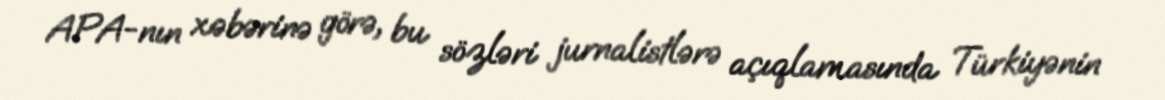
APA-nın xəbərinə görə, bu sözləri jurnalistlərə açıqlamasında Türkiyənin